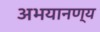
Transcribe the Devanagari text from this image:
अभयानण्‍य